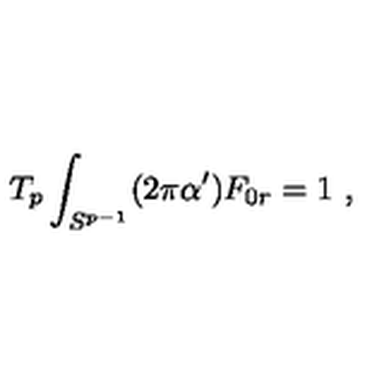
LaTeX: T _ { p } \int _ { S ^ { p - 1 } } ( 2 \pi \alpha ^ { \prime } ) F _ { 0 r } = 1 \ ,